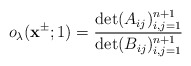
\begin{align*}o_\lambda(\mathbf{x}^{\pm};1)=\frac{\det(A_{ij})^{n+1}_{i,j=1}}{\det(B_{ij})^{n+1}_{i,j=1}}\end{align*}